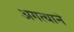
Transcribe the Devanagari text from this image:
अगत्याने